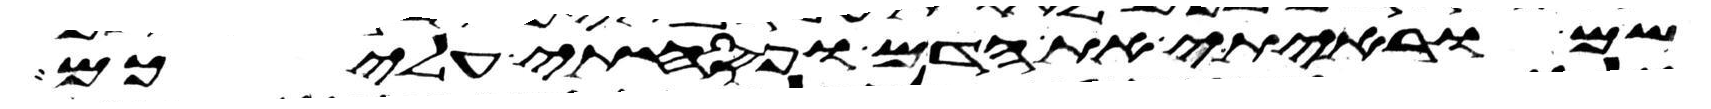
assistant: שם וראיתי את הדם ופסחתי עליכם